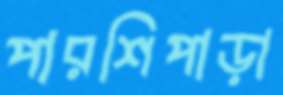
পারশিপাড়া